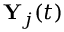
\mathbf { Y } _ { j } ( t )